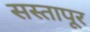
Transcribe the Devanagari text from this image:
सस्तापूर